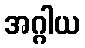
အဂ္ဂါယ